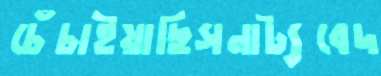
চেঁচাইয়াছিসনাট্যবেদ